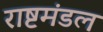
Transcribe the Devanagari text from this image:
राष्टमंडल